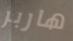
هاربر